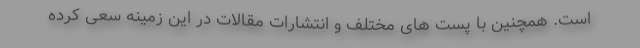
است. همچنین با پست های مختلف و انتشارات مقالات در این زمینه سعی کرده